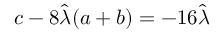
c - 8 \hat { \lambda } ( a + b ) = - 1 6 \hat { \lambda }